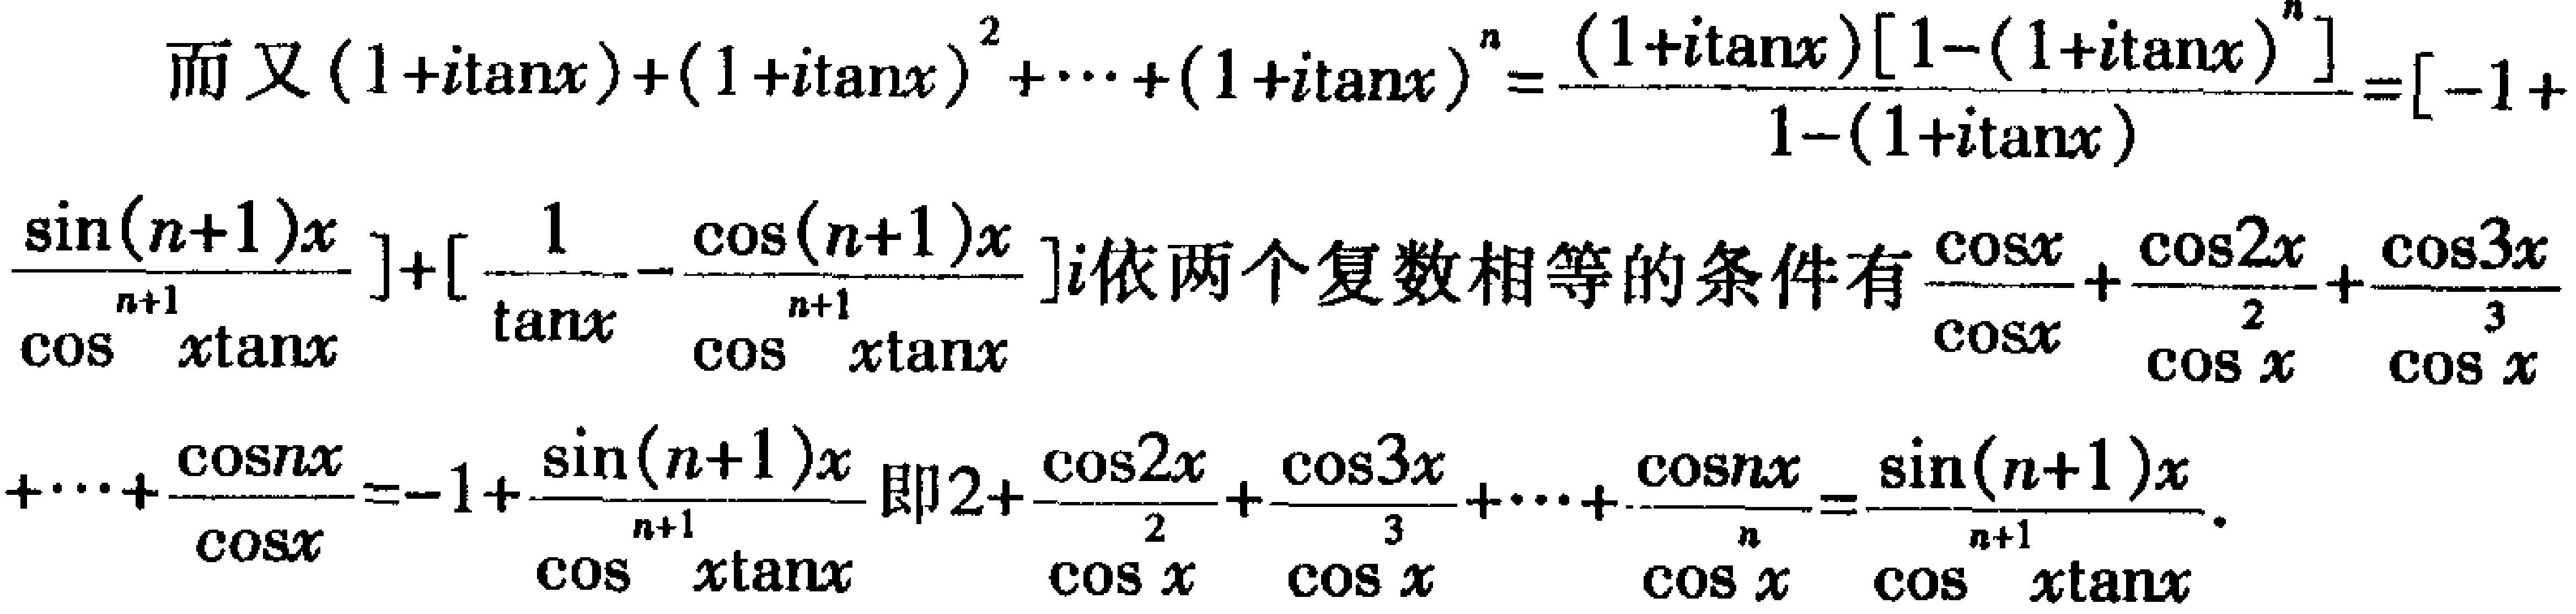
而又\((1 + i\tan x)+(1 + i\tan x)^2+\cdots+(1 + i\tan x)^n=\frac{(1 + i\tan x)[1-(1 + i\tan x)^n]}{1-(1 + i\tan x)}=[-1 + \frac{\sin(n + 1)x}{\cos^{n + 1}x\tan x}]+[\frac{1}{\tan x}-\frac{\cos(n + 1)x}{\cos^{n + 1}x\tan x}]i\)依两个复数相等的条件有\(\frac{\cos x}{\cos x}+\frac{\cos 2x}{\cos^2 x}+\frac{\cos 3x}{\cos^3 x}+\cdots+\frac{\cos nx}{\cos^n x}=-1+\frac{\sin(n + 1)x}{\cos^{n + 1}x\tan x}\)即\(2+\frac{\cos 2x}{\cos^2 x}+\frac{\cos 3x}{\cos^3 x}+\cdots+\frac{\cos nx}{\cos^n x}=\frac{\sin(n + 1)x}{\cos^{n + 1}x\tan x}\)。